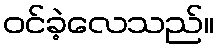
ဝင်ခဲ့လေသည်။